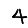
Digit: 4